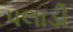
પલાડી